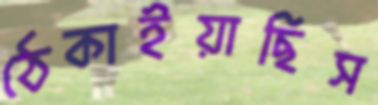
ঠেকাইয়াছিস